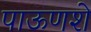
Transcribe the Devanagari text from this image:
पाऊणशे